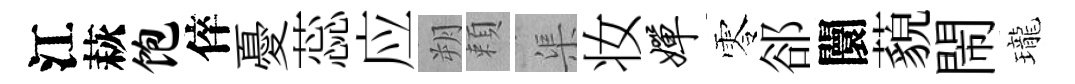
江萩饱倅憂蕊应朔頼渠妆婵零郤闤藐閙瓏